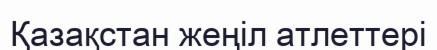
Қазақстан жеңіл атлеттері